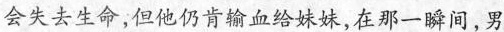
会失去生命，但他仍肯输血给妹妹，在那一瞬间，男